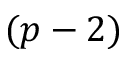
( p - 2 )